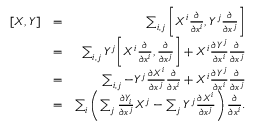
\begin{array} { r l r } { [ X , Y ] } & { = } & { \sum _ { i , j } \bigg [ X ^ { i } \frac { \partial } { \partial x ^ { i } } , Y ^ { j } \frac { \partial } { \partial x ^ { j } } \bigg ] } \\ & { = } & { \sum _ { i , j } Y ^ { j } \bigg [ X ^ { i } \frac { \partial } { \partial x ^ { i } } , \frac { \partial } { \partial x ^ { j } } \bigg ] + X ^ { i } \frac { \partial Y ^ { j } } { \partial x ^ { i } } \frac { \partial } { \partial x ^ { j } } } \\ & { = } & { \sum _ { i , j } - Y ^ { j } \frac { \partial X ^ { i } } { \partial x ^ { j } } \frac { \partial } { \partial x ^ { i } } + X ^ { i } \frac { \partial Y ^ { j } } { \partial x ^ { i } } \frac { \partial } { \partial x ^ { j } } } \\ & { = } & { \sum _ { i } \left( \sum _ { j } \frac { \partial Y _ { i } } { \partial x ^ { j } } X ^ { j } - \sum _ { j } Y ^ { j } \frac { \partial X ^ { i } } { \partial x ^ { j } } \right) \frac { \partial } { \partial x ^ { i } } . } \end{array}